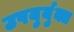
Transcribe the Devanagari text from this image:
उपयुर्युक्त